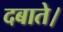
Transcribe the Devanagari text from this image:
दबाते।